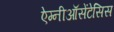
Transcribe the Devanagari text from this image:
ऐम्नीऑसेंटेसिस